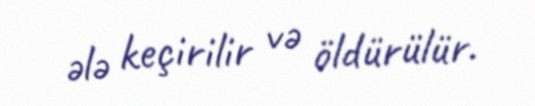
ələ keçirilir və öldürülür.